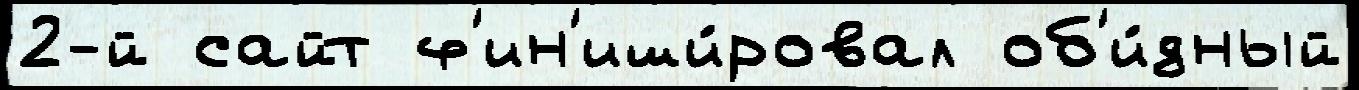
2-й сайт ф'ин'иши́ровал об'и́дный